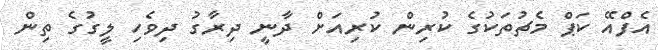
އެފްއޭ ކަޕް މެޗުތަކުގެ ކުރިން ކުރިއަށް ދާނީ ދިރާގު ދިވެހި ލީގުގެ ތިން